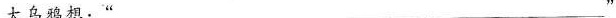
大乌鸦想：”___”